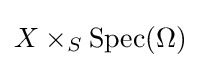
X\times _{S}{\text{Spec}}(\Omega )